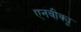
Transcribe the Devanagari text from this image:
एनवीक्यू